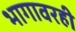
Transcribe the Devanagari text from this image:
भागावरही